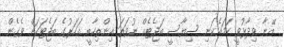
އޭނާ ވިދާޅުވީ ހަމައެކަނި ސިޔާސީ ބަޖެޓެއް ނުވަތަ އިންތިހާބީ އަހަރުގެ ބަޖެޓަކަށް ވެގެން